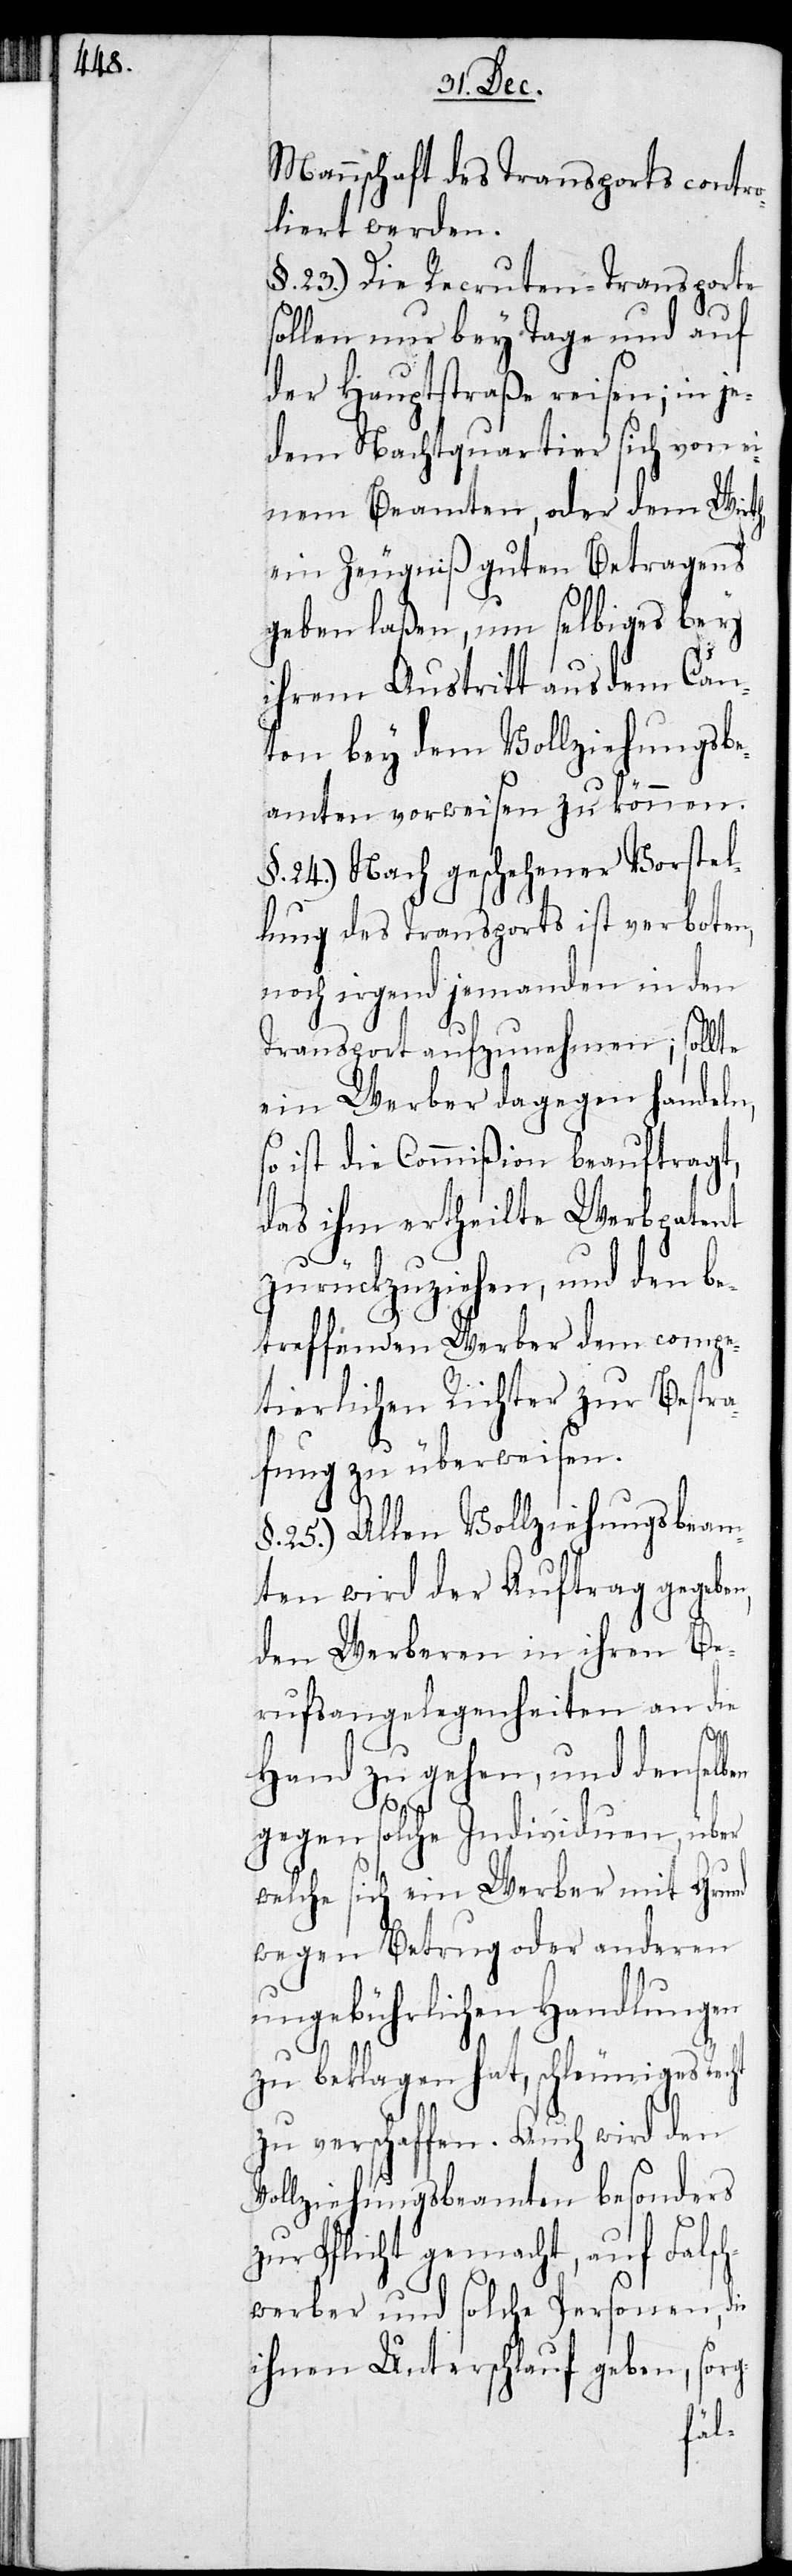
Mannschaft des Transports control¬
liert werden.
§. 23.) Die Recruten-Transporte
sollen nur bey Tage und auf
der Hauptstraße reisen; in je¬
dem Nachtquartier sich von ei¬
nem Beamten, oder dem Wirth,
ein Zeugniß guten Betragens
geben laßen, um selbiges bey
ihrem Austritt aus dem Can¬
ton bey dem Vollziehungsbe¬
amten vorweisen zu können.
§. 24.) Nach geschehener Vorstel¬
lung des Transports ist verboten,
noch irgend jemanden in den
Transport aufzunehmen; sollte
ein Werber dagegen handeln,
so ist die Commißion beauftragt,
das ihm ertheilte Werbpatent
zurückzuziehen, und den be¬
treffenden Werber dem compe¬
tierlichen Richter zur Bestra¬
fung zu überweisen.
§. 25.) Allen Vollziehungsbeam¬
ten wird der Auftrag gegeben,
den Werberen in ihren Be¬
rufsangelegenheiten an die
Hand zu gehen, und denselben
gegen solche Individuen, über
welche sich ein Werber mit Grund
wegen Betrug oder anderen
ungebührlichen Handlungen
zu beklagen hat, schleuniges Recht
zu verschaffen. Auch wird den
Vollziehungsbeamten besonders
zur Pflicht gemacht, auf Falsch¬
werber und solche Personen, die
ihnen Unterschlauf geben, sorg-